Sketch of the medical history of the native army of Bombay, for the year
Year: 1875
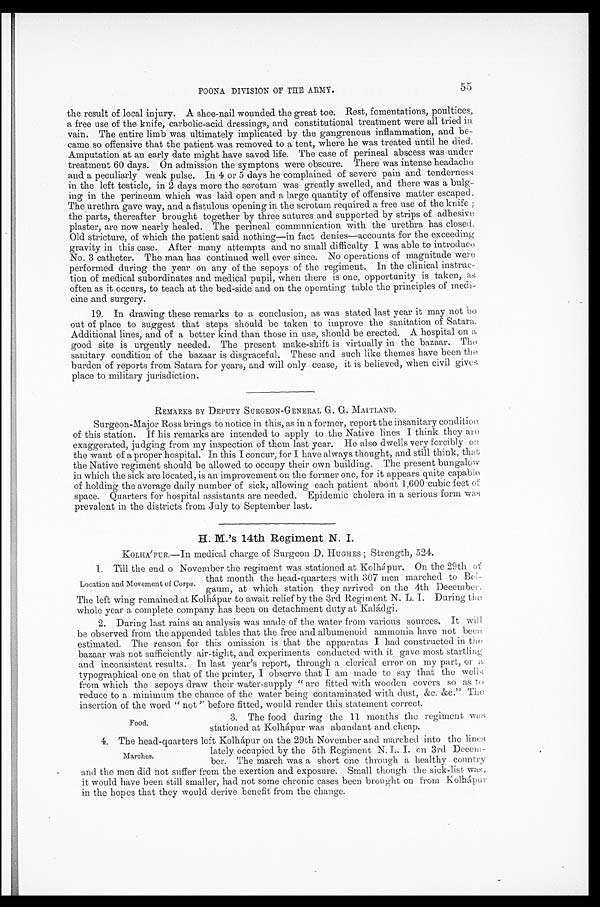
55
POONA DIVISION OF THE ARMY.
the result of local injury. A shoe-nail wounded the great toe. Rest, fomentations, poultices,
a free use of the knife, carbolic-acid dressings, and constitutional treatment were all tried in
vain. The entire limb was ultimately implicated by the gangrenous inflammation, and be-
came so offensive that the patient was removed to a tent, where he was treated until he died.
Amputation at an early date might have saved life. The case of perineal abscess was under
treatment 60 days. On admission the symptons were obscure. There was intense headache
and a peculiarly weak pulse. In 4 or 5 days he complained of severe pain and tenderness
in the left testicle, in 2 days more the scrotum was greatly swelled, and there was a bulg--
ing in the perineum which was laid open and a large quantity of offensive matter escaped.
The urethra gave way, and a fistulous opening in the scrotum required a free use of the knife
the parts, thereafter brought together by three sutures and supported by strips of adhesive
plaster, are now nearly healed. The perineal communication with the urethra has closed.
Old stricture, of which the patient said nothing—in fact denies—accounts for the exceeding
gravity in this case. After many attempts and no small difficulty I was able to introduce
No.3 catheter. The man has continued well ever since. No operations of magnitude were
performed during the year on any of the sepoys of the regiment. In the clinical instruc-
tion of medical subordinates and medical pupil, when there is one, opportunity is taken, as
often as it occurs, to teach at the bed-side and on the operating table the principles of medi--
cine and surgery.
19. In drawing these remarks to a conclusion, as was stated last year it may not be
out of place to suggest that steps should be taken to improve the sanitation of Satara.
Additional lines, and of a better kind than those in use, should be erected. A hospital on a
good site is urgently needed. The present make-shift is virtually in the bazaar. The
sanitary condition of the bazaar is disgraceful. These and such like themes have been the
burden of reports from Satara for years, and will only cease, it is believed, when civil gives
place to military jurisdiction.
REMARKS BY DEPUTY SURGEON-GENERAL G. G. MAITLAND.
Surgeon-Major Ross brings to notice in this, as in a former, report the insanitary condition
of this station. If his remarks are intended to apply to the Native lines I think they are
exaggerated, judging from my inspection of them last year. He also dwells very forcibly on
the want of a proper hospital. In this I concur, for I have always thought, and still think, that
the Native regiment should be allowed to occupy their own building. The present bungalow
in which the sick are located, is an improvement on the former one, for it appears quite capable
of holding the average daily number of sick, allowing each patient about 1,600 cubic feet of
space. Quarters for hospital assistants are needed. Epidemic cholera in a serious form was
prevalent in the districts from July to September last.
H. M.'s 14th Regiment N. I.
KOLHA'PUR.—In medical charge of Surgeon D. HUGHES; Strength, 524.
1. Till the end o November the regiment was stationed at Kolhápur. On the 29th of
that month the head-quarters with 307 men marched to Bel--
gaum, at which station they arrived on the 4th December.
The left wing remained at Kolhápur to await relief by the 3rd Regiment N. L. I. During the
whole year a complete company has been on detachment duty at Kaládgi.
2. During last rains an analysis was made of the water from various sources. It will
be observed from the appended tables that the free and albumenoid ammonia have not been
estimated. The reason for this omission is that the apparatus I had constructed in the
bazaar was not sufficiently air-tight, and experiments conducted with it gave most startling
and inconsistent results. In last year's report, through a clerical error on my part, or a
typographical one on that of the printer, I observe that I am made to say that the wells
from which the sepoys draw their water-supply "are fitted with wooden covers so as to
reduce to a minimum the chance of the water being contaminated with dust, &c. &c." The
insertion of the word "not" before fitted, would render this statement correct.
3. The food during the 11 months the regiment was
stationed at Kolhápur was abundant and cheap.
Location and Movement of Corps.
Food.
4. The head-quarters left Kolhápur on the 29th November and marched into the lines
lately occupied by the 5th Regiment N. L. I. on 3rd Decem-
-ber. The march was a short one through a healthy countr
y a n d t h e m e n d i d n o t s u f f e r f r o m t h e e x e r t i o n a n d e x p o s u r e . S m a l l t h o u g h t h e s i c k - l i s t w a s ,
it would have been still smaller, had not some chronic cases been brought on from Kolhápur
in the hopes that they would derive benefit from the change.
Marches.